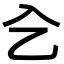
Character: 㐈